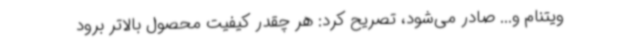
ویتنام و... صادر می‌شود، تصریح کرد: هر چقدر کیفیت محصول بالاتر برود